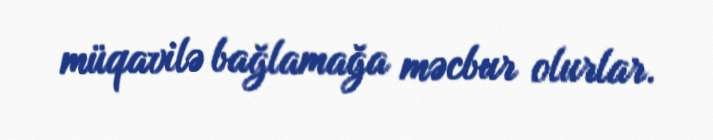
müqavilə bağlamağa məcbur olurlar.